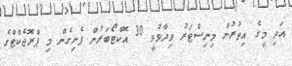
އަދި މީގެ އިތުރުން މިނިސްޓަރު ވިދާޅުވީ 30 އޮކްޓޯބަރުން ފެށިގެން މި ޕްރޮޖެކްޓްގެ